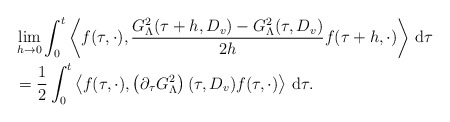
\begin{align*}&\lim_{h\to 0} \int_0^t \left\langle f(\tau, \cdot), \frac{G_{\Lambda}^2(\tau+h, D_v) - G_{\Lambda}^2(\tau, D_v)}{2h} f(\tau+h,\cdot) \right\rangle \,\mathrm{d}\tau \\&= \frac{1}{2} \int_0^t \left\langle f(\tau, \cdot), \left(\partial_{\tau}G_{\Lambda}^2\right)(\tau, D_v) f(\tau,\cdot)\right\rangle \,\mathrm{d}\tau.\end{align*}